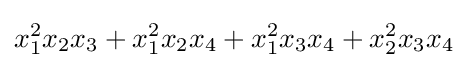
x_{1}^{2}x_{2}x_{3}+x_{1}^{2}x_{2}x_{4}+x_{1}^{2}x_{3}x_{4}+x_{2}^{2}x_{3}x_{4}